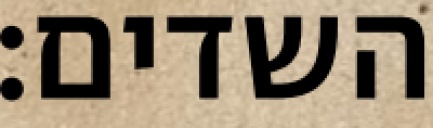
השדים: